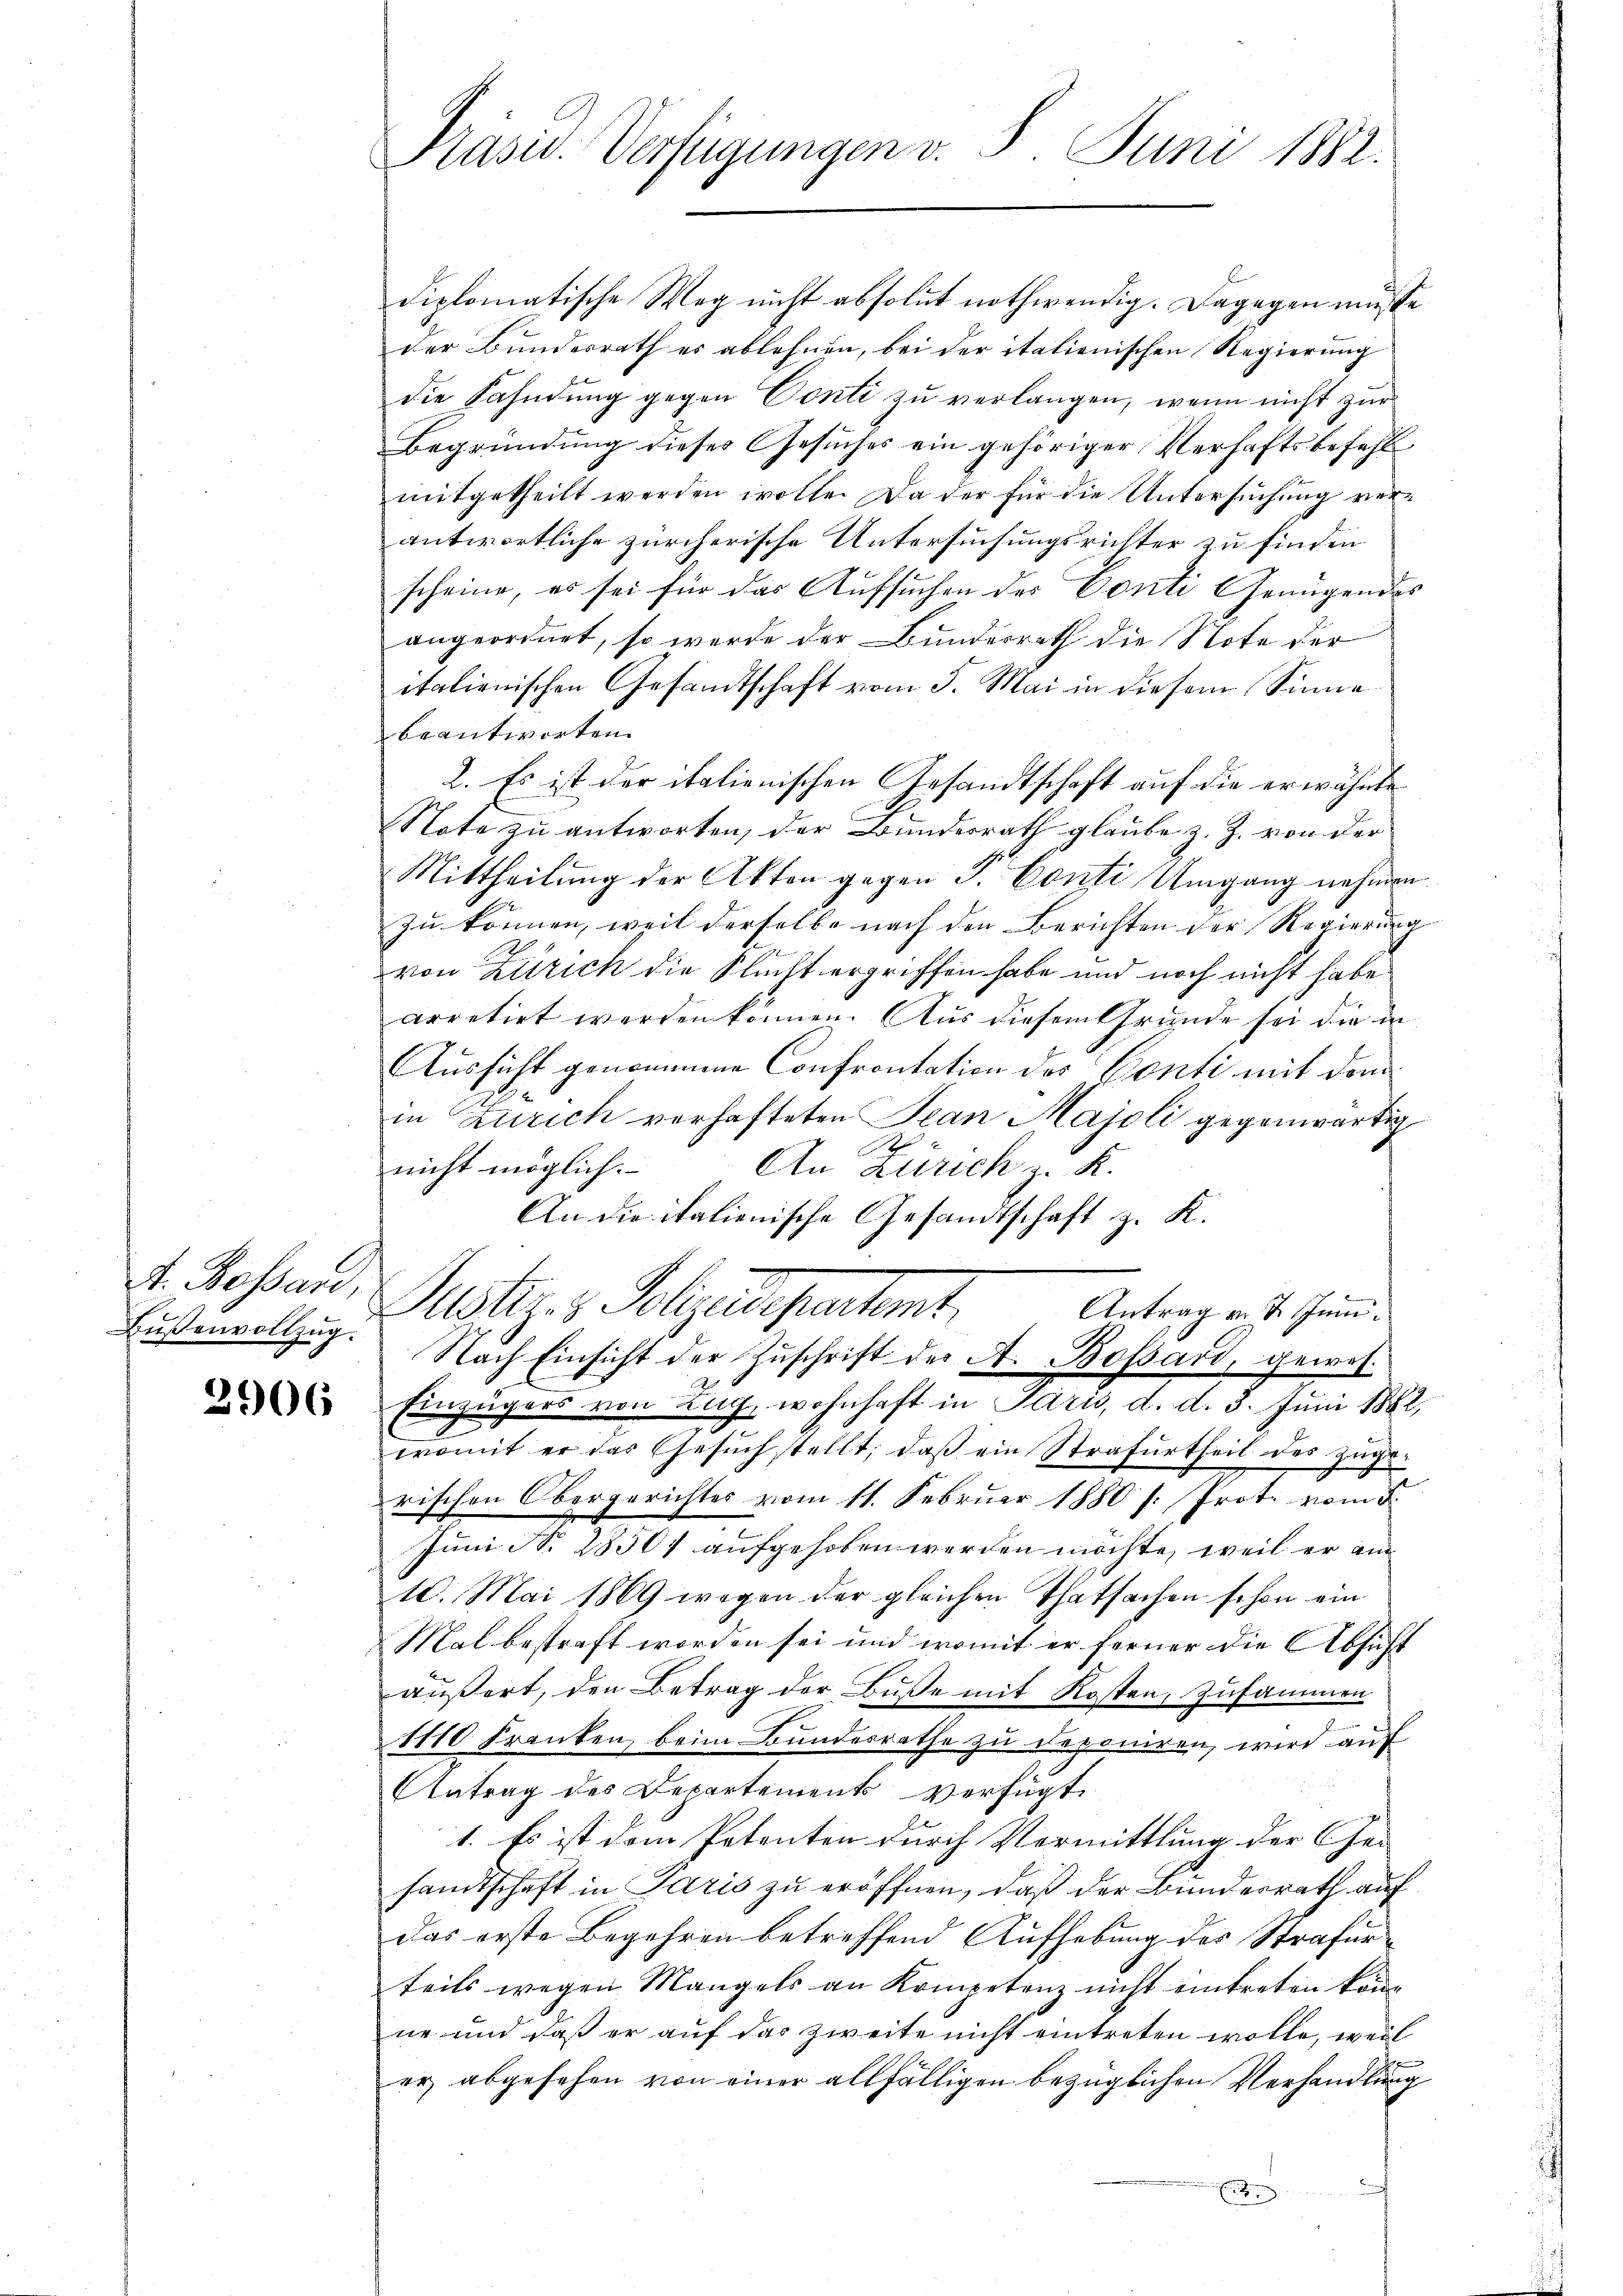
A. Bossard,
Bußenvollzug.

3906

Präsid. Verfügungen v. 8. Juni 1882.

diplomatische Weg nicht absolut nothwendig. Dagegen müsse
der Bundesrath es ablehnen, bei der italienischen Regierung
die Fahndung gegen Conti zu verlangen, wenn nicht zur
Begründung dieses Gesuches ein gehöriger Verhaftsbefehl
mitgetheilt werden wolle. Da der für die Untersuchung verantwortliche zürcherische Untersuchungsrichter zu finden
scheine, es sei für das Aufsuchen des Conti Genügendes
angeordnet, so werde der Bundesrath die Note der
italienischen Gesandtschaft vom 3. Mai in diesem Sinne
beantworten.
2. Es ist der italienischen Gesandtschaft auf die erwähnte
Note zu antworten, der Bundesrath glaube z. Z. von der
Mittheilung der Akten gegen J. Conti Umgang nehmen
zu können, weil derselbe nach den Berichten der Regierung
von Zürich die Flucht ergriffen habe und noch nicht habe
arretirt werden können. Aus diesem Grunde sei die in
Aussicht genommene Confrontation des Conti mit dem
in Zürich verhafteten Jean Majoli gegenwärtig

nicht möglich.
An Zürich z. K.
An die italienische Gesandtschaft z. K.
Justiz & Polizeidepartemb.
Antrag v. 2. Juni.
Nach Einsicht der Zuschrift der A. Bossard, gewes
Einzügers von Zug, wohnhaft in Paris, d. d. 3. Juni 1882,
womit er das Gesŭch stellt, daβ ein Strafurtheil des Zŭge-
rischen Obergerichtes vom 11. Februar 1880 /: Prot. vom 5.
Juni N. 2850f aufgehoben werden möchte, weil er am
10. Mai 1869 wegen der gleichen Thatsachen schon ein
Mal bestraft worden sei und womit er ferner die Absicht
äußert, den Betrag der Buße mit Kosten, zusammen
1110 Franken, beim Bundesrathe zu deponiren, wird auf
Antrag des Departements verfügt,
1. Es ist dem Petenten durch Vormittlung der Ge-
sandtschaft in Paris zu eröffnen, daß der Bunderrath auf
Das erste Begehren betreffend Aufhebung des Strafurteils wegen Mangels an Kompetenz nicht eintreten könn
ne und daß er auf das zweite nicht eintreten wolle, weil
e
er, abgesehen von einer allfälligen bezüglichen Verhandlung
d